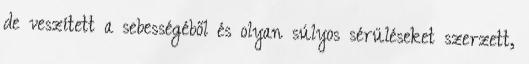
de veszített a sebességéből és olyan súlyos sérüléseket szerzett,